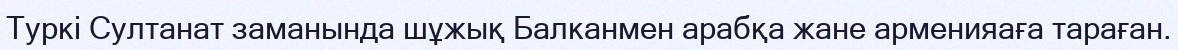
Туркi Султанат заманында шұжық Балканмен арабқа жане арменияаға тараған.